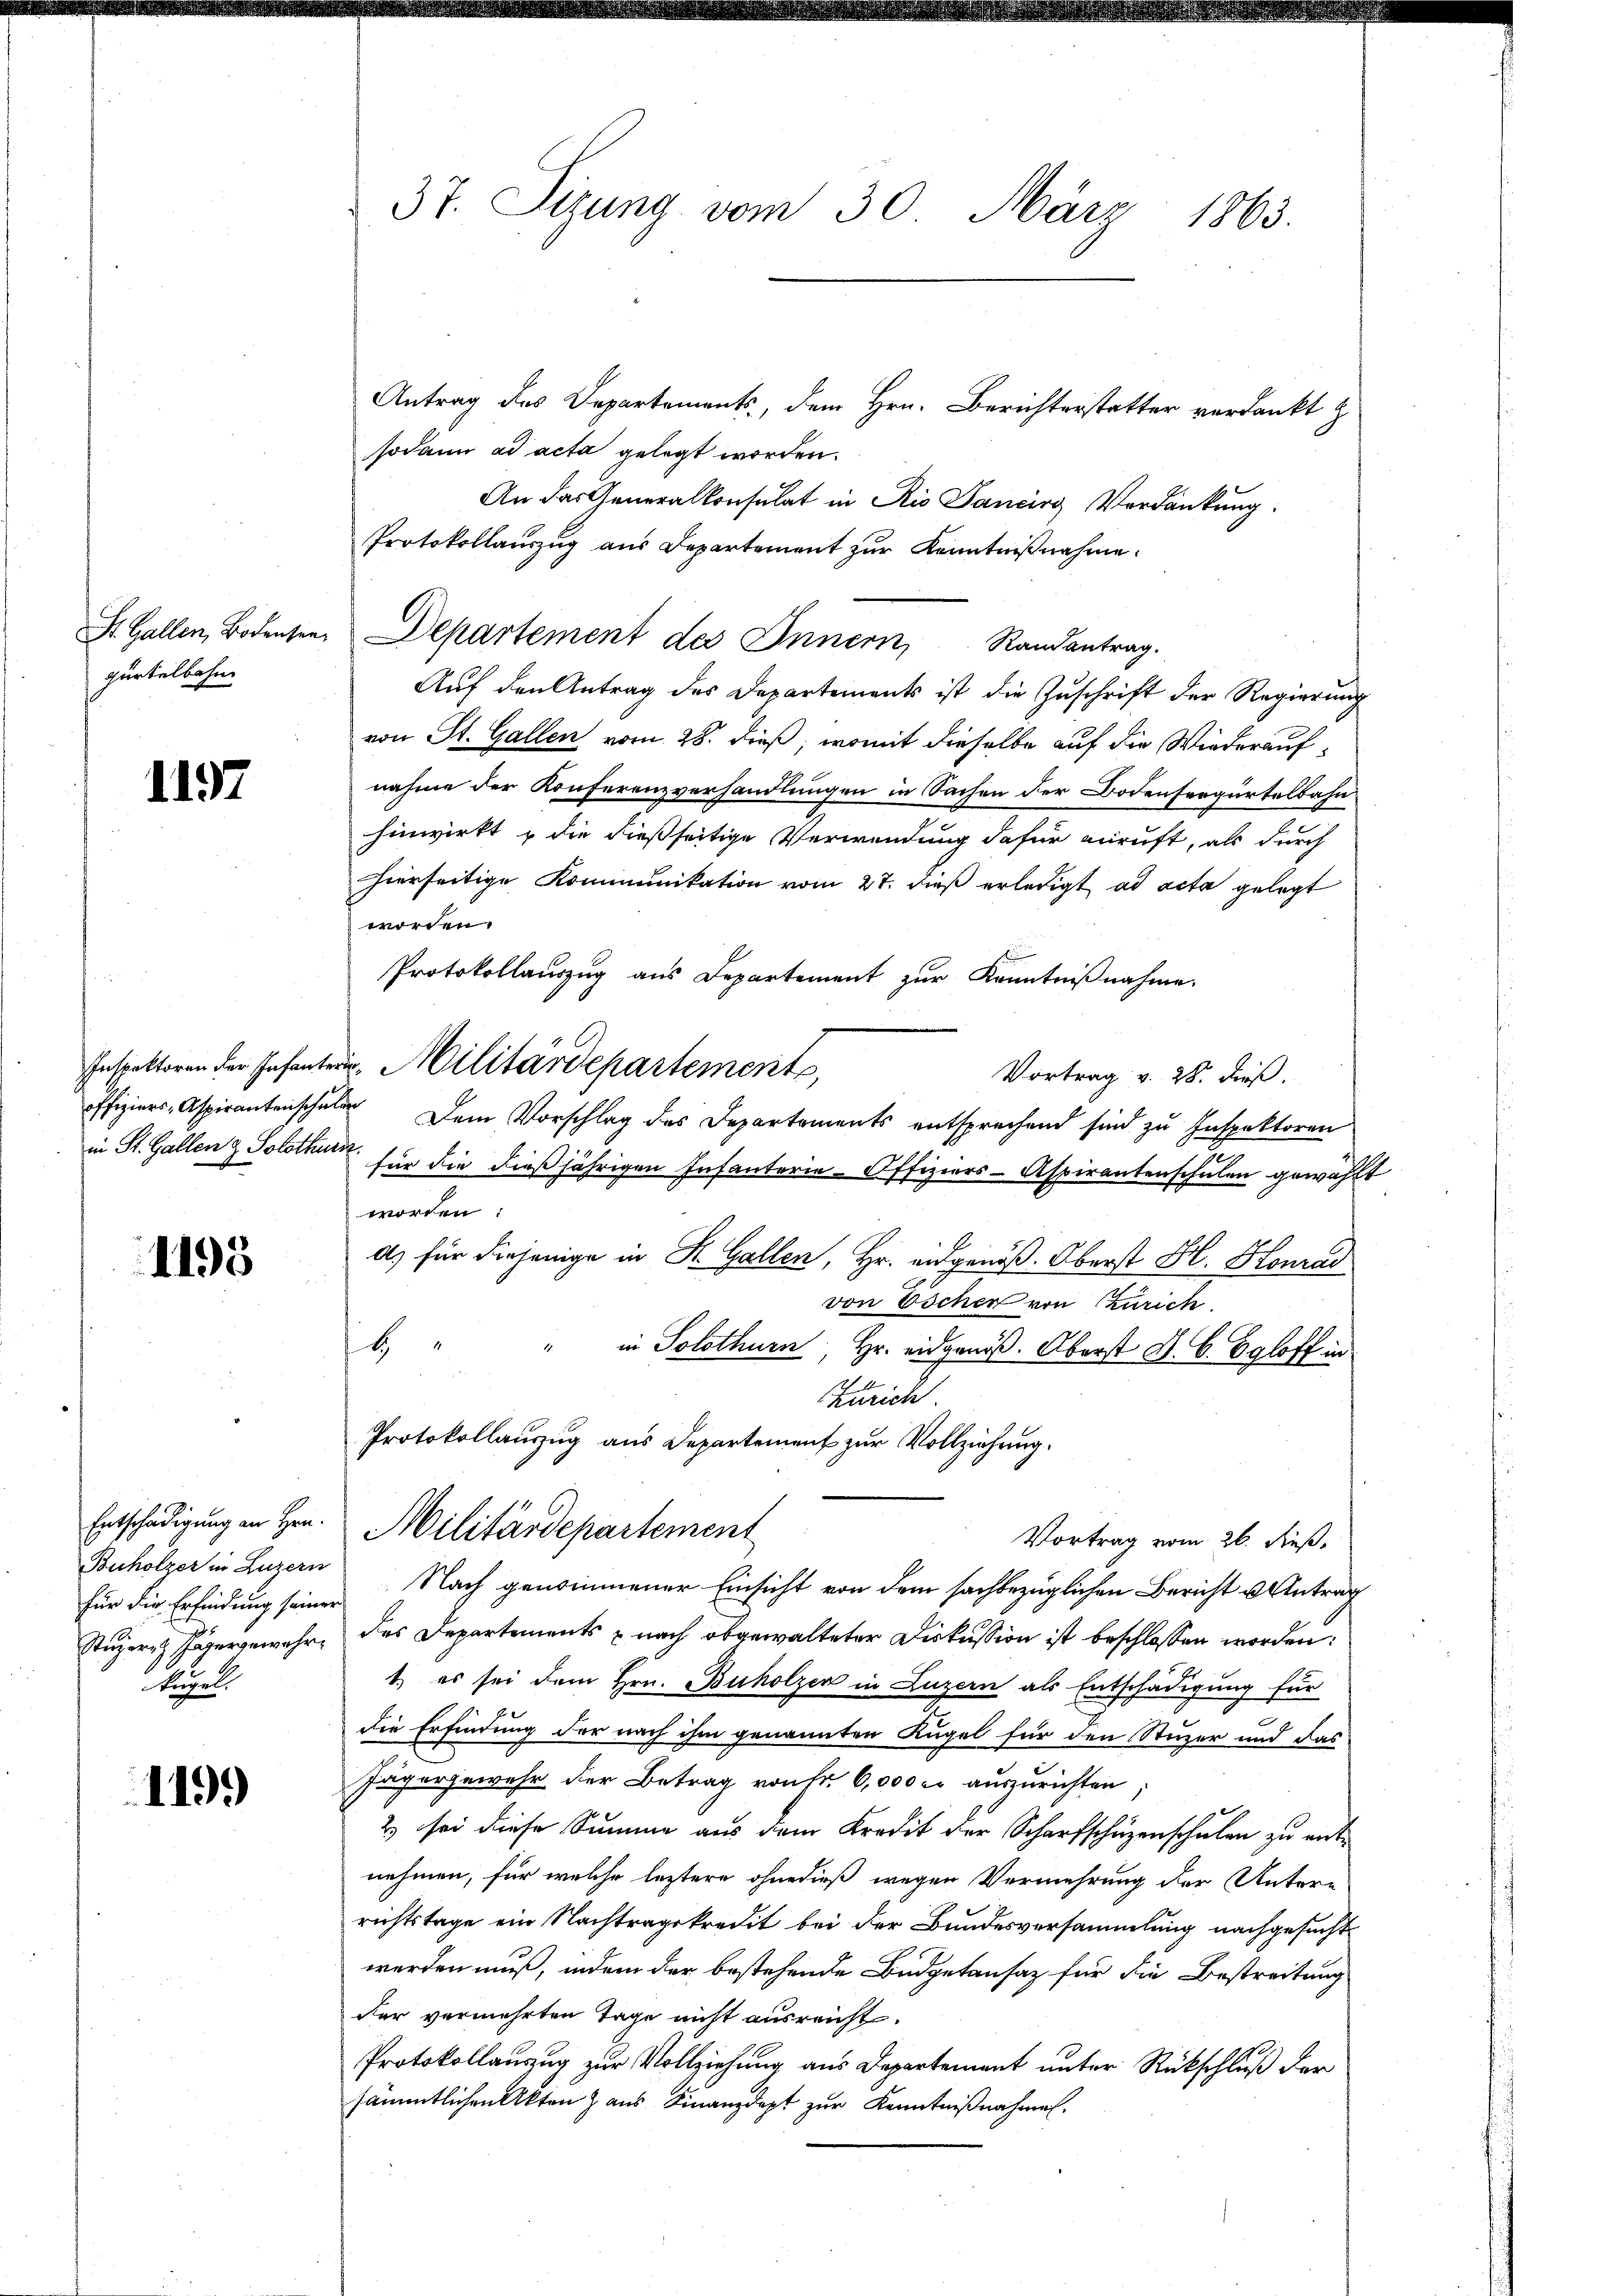
St. Gallen, Bodensen
gürtelbahn

1197

offiziers-Aspirantenschulen
in St. Gallen & Solothurn.

1195

Entschädigung an Hrn.
Buholzer in Luzern
für die Erfindung seine
Stuzern Jägergewahrkugel

119.

37. Sizung vom 30. März 1863.

Antrag des Departements, dem Hrn. Berichterstatter verdankt z
sodann ad acta gelegt worden.
An das Generalkonsulat in Rio Sancirg Verdankung.
Protokollauszug aus Departement zur Kenntnißnahme.
Departement des Innern Randantrag.
Aŭf den Antrag des Departements ist die Zŭschrift der Regierŭng
von St. Gallen vom 28. dieß, womit dieselbe auf die Wiederaufnahme der Konferenzverhandlungen in Sachen der Bodensergürtelbahn
hinwirkt & die dießseitige Verwendung dafür zuruft, als durch
hierseitige Kommunikation vom 27. dieß erledigt ad acta gelegt
worden.
Protokollauszug aus Departement zur Kenntniβnahme.
Inspektoren der Infantern, Militärdepartements,
Vortrag v. 28. dieß.
Dem Vorschlag des Departements entsprechend sind zu Inspektoren
für die dießjährigen Infanterie-Offiziers-Aspirantenschulen gewählt
worden:
a) für diejenige in K. Gallen, Hr. eidgenöß. Oberst Hl. Honrad
von Escher von Czurich
H
" in Solothurn, Hr. eidgenöß. Oberst d. B. Egloff in
Zürich
Protokollauszug aus Departement zur Vollziehung.
Militärdepartement
Vortrag vom 26. dieß.
Nach genommener Einsicht von dem sachbezüglichen Bericht u. Antrag
des Departements nach abgewalteter Diskussion ist beschlossen worden:
1.) es sei dem Hrn. Buholzer in Luzern als Entschädigung für
E
e
die Erfindung der nach ihm genannten Kugel für den Sturzer und das
Jägergewehr der Betrag von Fr. 6,000 c. auszurichten
2) sei diese Summe aus dem Kredit der Scharfschüzenschulen zu entnehmen, für welche leztere ohnedieß wegen Vermehrung der Unter-
richtstage ein Nachtragskredit bei der Bundesversammlung nachgesucht
werden muß, indem der bestehende Budgetansaz für die Bestreitung
der vermehrten Tage nicht ausreicht.
Protokollauszug zur Vollziehung aus Departement unter Rückschluß der
sämmtlichen Akten & aus Finanzdept zur Kenntnißnahmen.